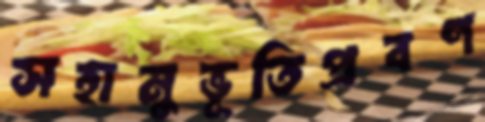
সহানুভূতিপ্রবণ